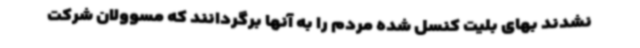
نشدند بهای بلیت کنسل شده مردم را به آنها برگردانند که مسوولان شرکت